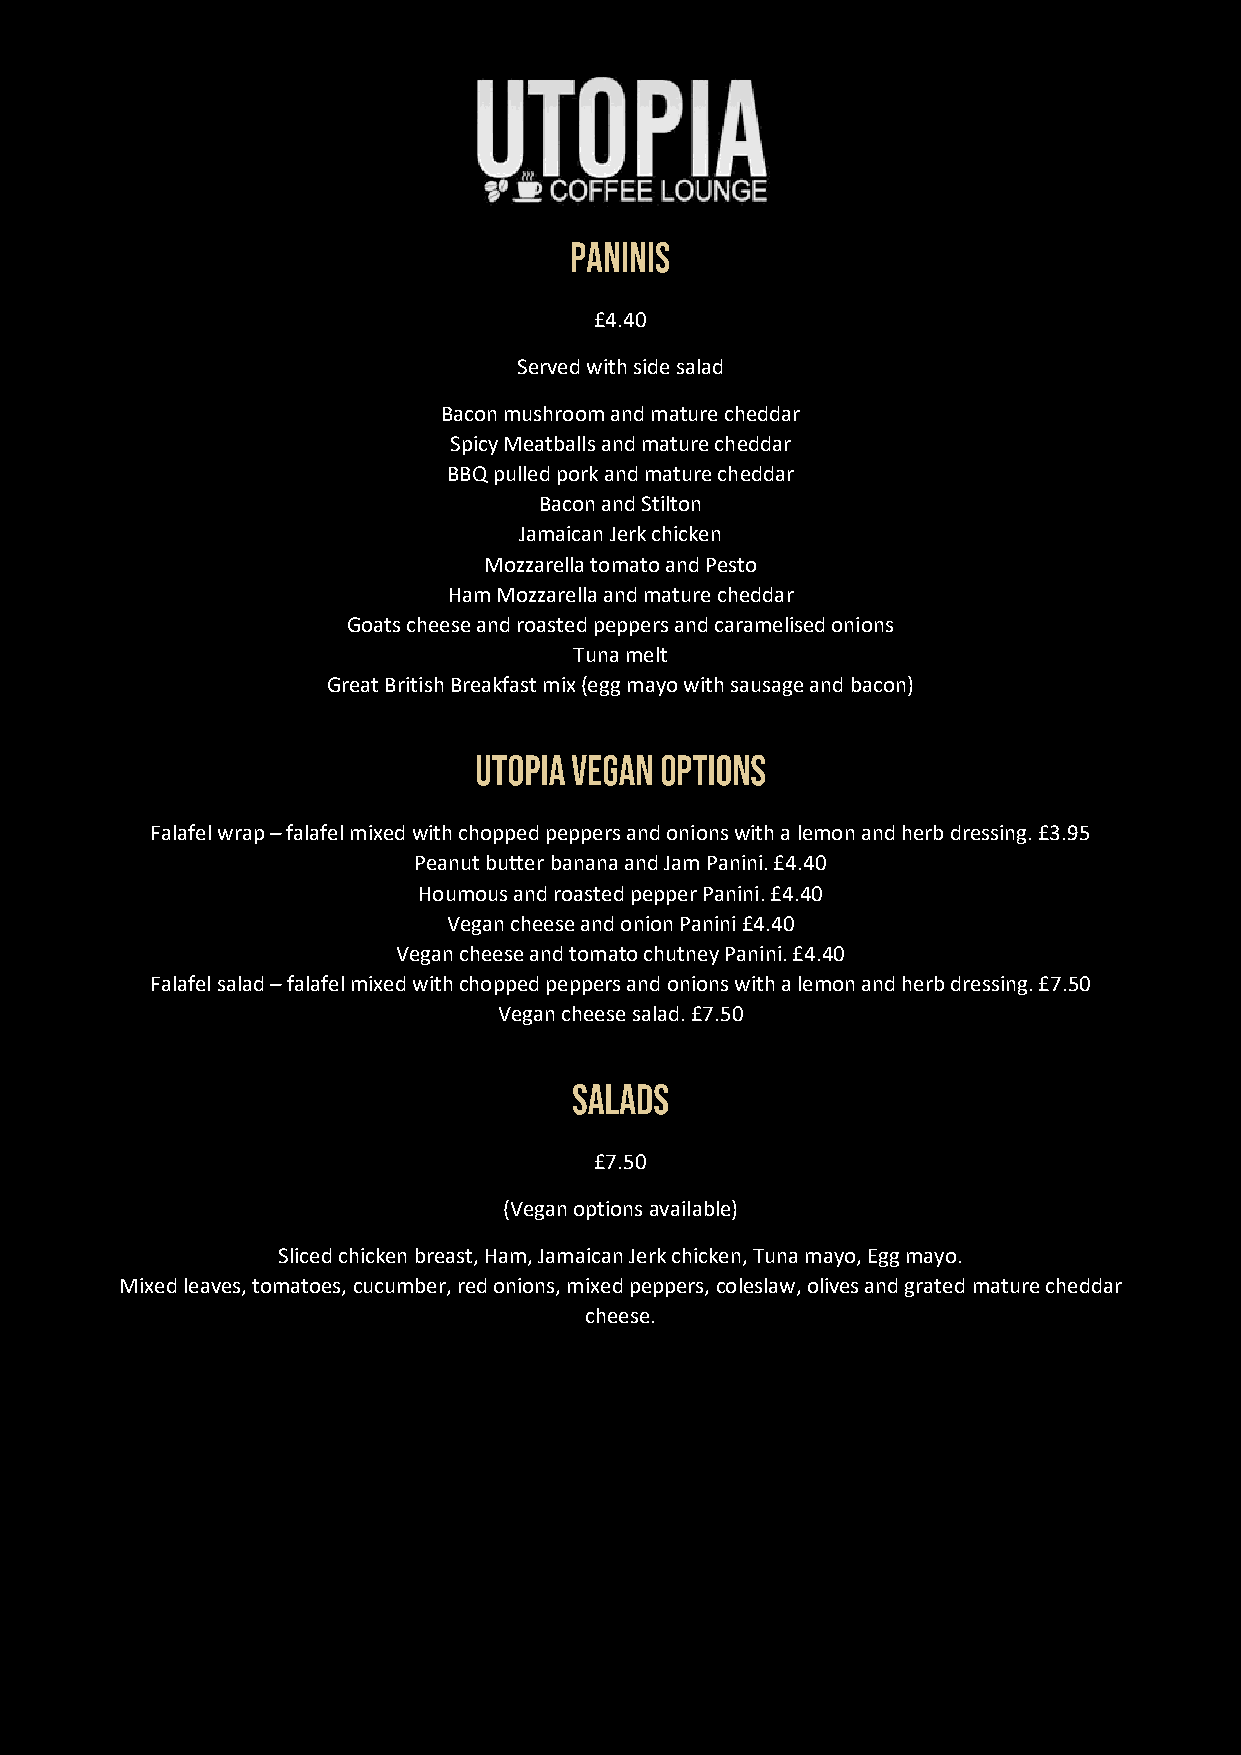
£4.40
 Served with side salad
 Bacon mushroom and mature cheddar
 Spicy Meatballs and mature cheddar
 BBQ pulled pork and mature cheddar
 Bacon and Stilton
 Jamaican Jerk chicken
 Mozzarella tomato and Pesto
 Ham Mozzarella and mature cheddar
 Goats cheese and roasted peppers and caramelised onions
 Tuna melt
 Great British Breakfast mix (egg mayo with sausage and bacon)
 Falafel wrap – falafel mixed with chopped peppers and onions with a lemon and herb dressing. £3.95
 Peanut butter banana and Jam Panini. £4.40
 Houmous and roasted pepper Panini. £4.40
 Vegan cheese and onion Panini £4.40
 Vegan cheese and tomato chutney Panini. £4.40
 Falafel salad – falafel mixed with chopped peppers and onions with a lemon and herb dressing. £7.50
 Vegan cheese salad. £7.50
 £7.50
 (Vegan options available)
 Sliced chicken breast, Ham, Jamaican Jerk chicken, Tuna mayo, Egg mayo.
 Mixed leaves, tomatoes, cucumber, red onions, mixed peppers, coleslaw, olives and grated mature cheddar
 cheese.